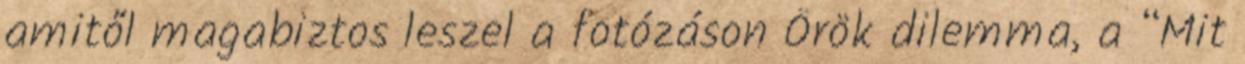
amitől magabiztos leszel a fotózáson Örök dilemma, a “Mit